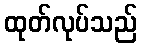
ထုတ်လုပ်သည်